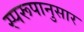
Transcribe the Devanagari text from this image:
स्परूपानुसार